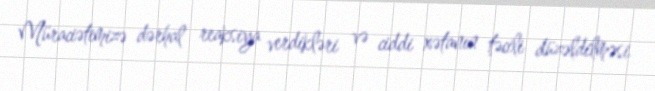
Müraciətimizə dərhal reaksiya verdikləri və ciddi xətanın təcili düzəldilməsi